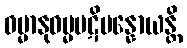
ဓမ္မာနုဓမ္မပဋိပန္နောယန္တိ